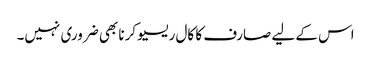
اس کے لیے صارف کا کال ریسیو کرنا بھی ضروری نہیں۔